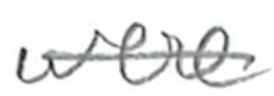
Text: were
Cross-out: single-line
Writing tool: pencil